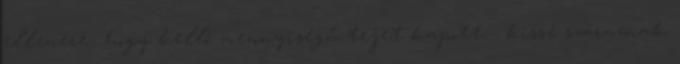
ellenére- hogy kellő mennyiségű tejet kapott - kissé száraznak